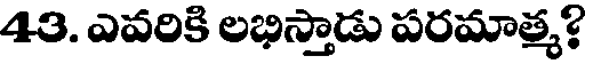
43. ఎవరికి లభిస్తాడు పరమాత్మ?